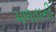
મળતાની